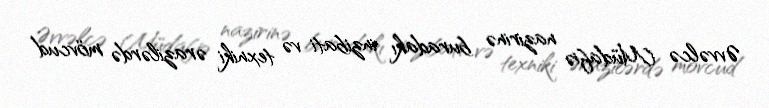
Əvvəlcə Müdafiə nazirinə buradakı inzibati və texniki ərazilərdə mövcud